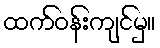
ထက်ဝန်းကျင်မှ။